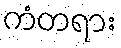
ကံတရား